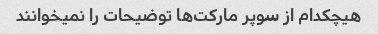
هیچکدام از سوپر مارکت‌ها توضیحات را نمیخوانند